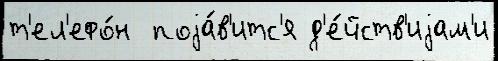
т'ел'ефо́н  поjа́в'итс'я д'е́йств'иjам'и